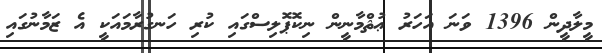
މީލާދީން 1396 ވަނަ އަހަރު ޢުޘްމާނީން ނިކޮޕޮލިސްގައި ކުރި ހަނގުރާމައަކީ އެ ޒަމާނުގައި